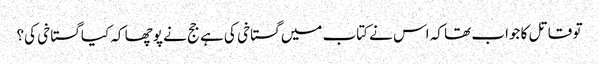
تو قاتل کا جواب تھا کہ اس نے کتاب میں گستاخی کی ہے جج نے پوچھا کہ کیا گستاخی کی؟